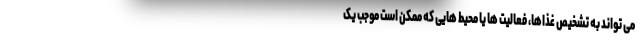
می تواند به تشخیص غذاها، فعالیت ها یا محیط هایی که ممکن است موجب یک